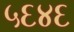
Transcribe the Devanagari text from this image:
५६४६